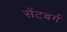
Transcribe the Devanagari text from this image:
सेंटबर्ग